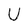
Character: U